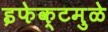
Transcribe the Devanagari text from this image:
इफेक्टमुळे